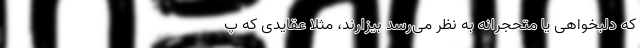
که دلبخواهی یا متحجرانه‌ به نظر می‌رسد بیزارند، مثلاً عقایدی که پ